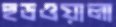
হুডওয়ালা